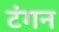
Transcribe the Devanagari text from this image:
टंगन